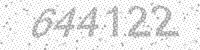
Solution: 644122